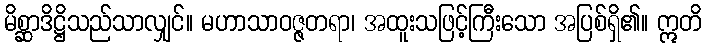
မိစ္ဆာဒိဋ္ဌိသည်သာလျှင်။ မဟာသာဝဇ္ဇတရာ၊ အထူးသဖြင့်ကြီးသော အပြစ်ရှိ၏။ ဣတိ